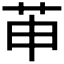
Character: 𱽖